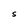
Character: S